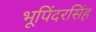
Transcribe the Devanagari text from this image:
भूपिंदरसिंह